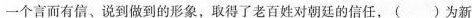
一个言而有信、说到做到的形象，取得了老百姓对朝廷的信任，（）为新